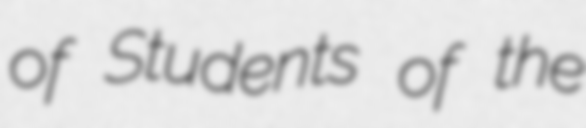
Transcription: of Students of the